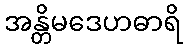
အန္တိမဒေဟဓာရိ